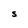
Character: S